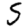
Digit: 5